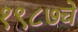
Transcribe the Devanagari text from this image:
१९८७चे